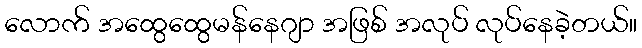
လောက် အထွေထွေမန်နေဂျာ အဖြစ် အလုပ် လုပ်နေခဲ့တယ်။